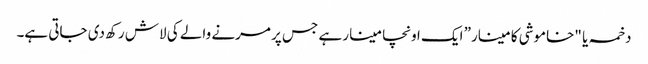
دخمہ یا "خاموشی کا مینار” ایک اونچا مینار ہے جس پر مرنے والے کی لاش رکھ دی جاتی ہے۔